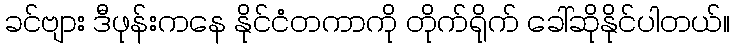
ခင်ဗျား ဒီဖုန်းကနေ နိုင်ငံတကာကို တိုက်ရိုက် ခေါ်ဆိုနိုင်ပါတယ်။